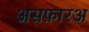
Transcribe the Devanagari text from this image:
असफ़ारअ